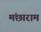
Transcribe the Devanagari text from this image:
मंछाराम